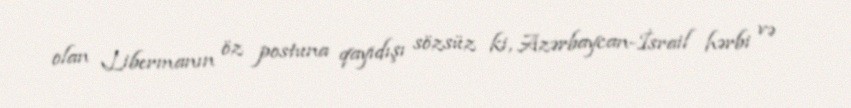
olan Libermanın öz postuna qayıdışı sözsüz ki, Azərbaycan-İsrail hərbi və